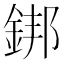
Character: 𨧜